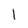
Character: l